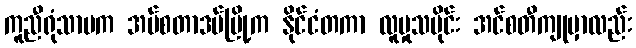
ကူညီရုံသာမက အမ်စတာဒမ်မြို့က နိုင်ငံတကာ လူမှုသမိုင်း အင်စတီကျုမှာလည်း